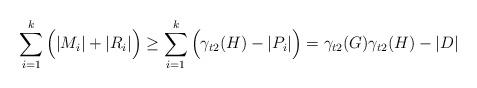
LaTeX: \begin{align*}\sum_{i=1}^k\Big(|M_i|+|R_i|\Big)&\ge \sum_{i=1}^k\Big(\gamma_{t2}(H)-|P_i|\Big)=\gamma_{t2}(G)\gamma_{t2}(H)-|D|\end{align*}